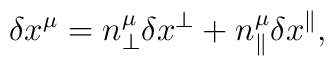
\delta x^\mu=n^\mu_\perp\delta x^\perp+n^\mu_\parallel\delta x^\parallel,